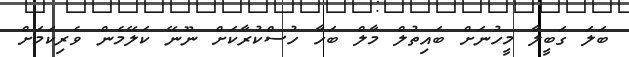
ބަލަ ގަބީލާ މީހުނަށް ބައިތުލް މާލް ބަހާ ހުސްކުރާކަށް ނޫނޭ ކަލޭމެން ވެރިކަމަށް